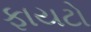
ફાયટો